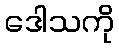
ဒေါသကို